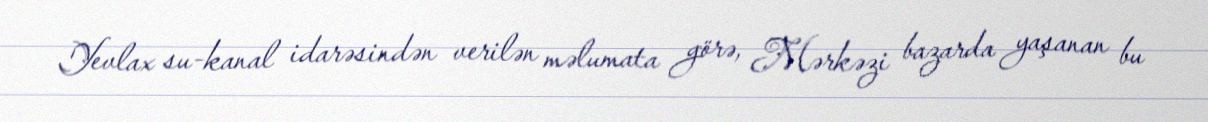
Yevlax su-kanal idarəsindən verilən məlumata görə, Mərkəzi bazarda yaşanan bu